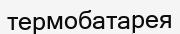
термобатарея